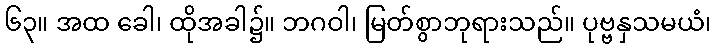
၆၃။ အထ ခေါ၊ ထိုအခါ၌။ ဘဂဝါ၊ မြတ်စွာဘုရားသည်။ ပုဗ္ဗနှသမယံ၊